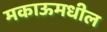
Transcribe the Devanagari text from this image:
मकाऊमधील